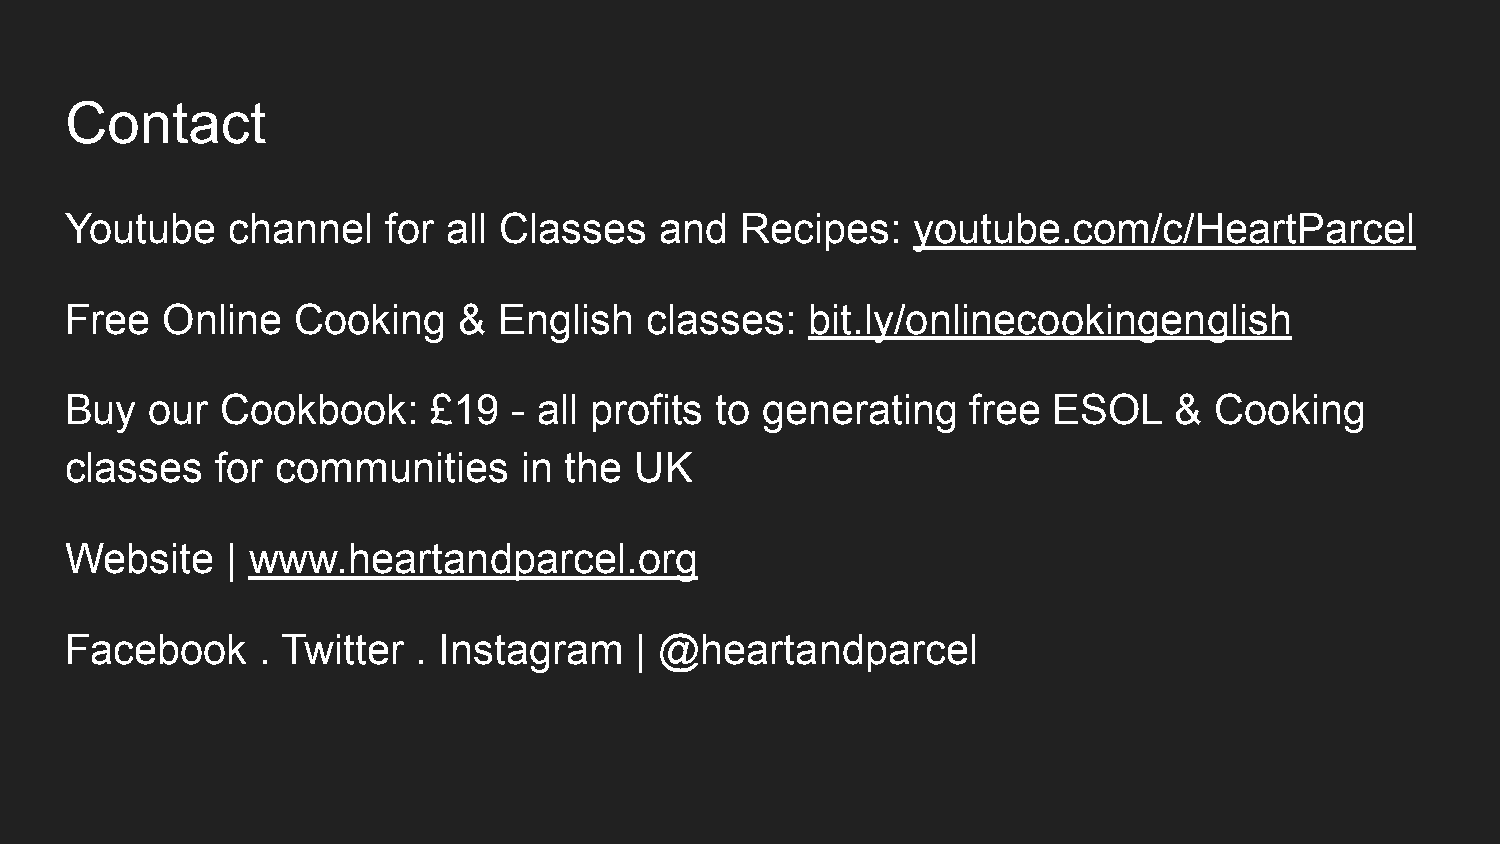
Contact
 Youtube    channel    for all Classes   and  Recipes:   youtube.com/c/HeartParcel
 Free   Online  Cooking    &  English   classes:   bit.ly/onlinecookingenglish
 Buy   our  Cookbook:     £19  - all profits to generating   free  ESOL    & Cooking
 classes   for communities      in the UK
 Website    | www.heartandparcel.org
 Facebook     . Twitter  . Instagram   | @heartandparcel